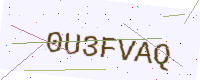
Text: 0U3FVAQ